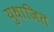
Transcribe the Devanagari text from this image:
युधाजित